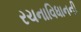
રચનાવિધાનની